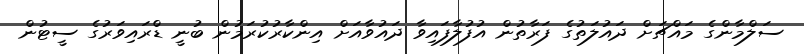
ސަލްމާންގެ މައްޗަށް ދައުލަތުގެ ފަރާތުން އުފުލާފައިވާ ދައުވާއަށް އިންކާރުކުރަމުން ބުނީ ޑްރައިވަރުގެ ސީޓުން